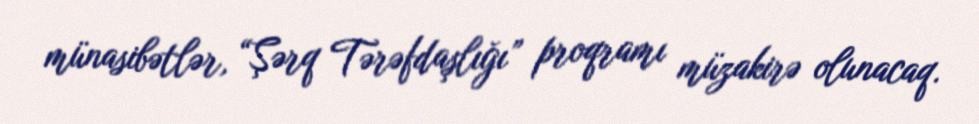
münasibətlər, “Şərq Tərəfdaşlığı” proqramı müzakirə olunacaq.